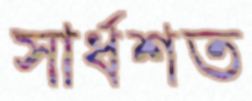
সার্ধশত